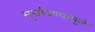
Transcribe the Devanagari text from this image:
सुचविण्यामुळे